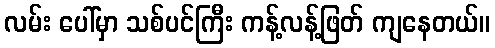
လမ်း ပေါ်မှာ သစ်ပင်ကြီး ကန့်လန့်ဖြတ် ကျနေတယ်။